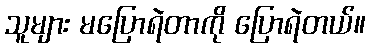
သူများ မပြောရဲတာကို ပြောရဲတယ်။